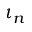
\iota _ { n }